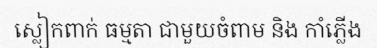
ស្លៀកពាក់ ធម្មតា ជាមួយចំពាម និង កាំភ្លើង